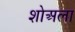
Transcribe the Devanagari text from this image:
शोअला